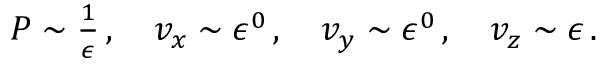
\begin{array} { r } { P \sim \frac { 1 } { \epsilon } \, , \quad v _ { x } \sim \epsilon ^ { 0 } \, , \quad v _ { y } \sim \epsilon ^ { 0 } \, , \quad v _ { z } \sim \epsilon \, . } \end{array}